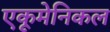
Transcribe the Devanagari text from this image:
एकूमेनिकल